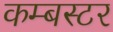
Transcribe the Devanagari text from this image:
कम्बस्टर